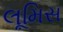
લૂમિસ